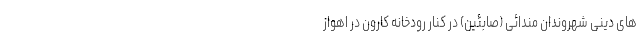
های دینی شهروندان مندائی (صابئین) در کنار رودخانه کارون در اهواز